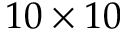
1 0 \times 1 0